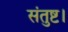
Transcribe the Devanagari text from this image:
संतुष्ट।